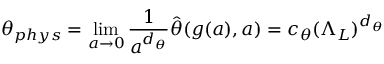
\theta _ { p h y s } = \operatorname * { l i m } _ { a \to 0 } { \frac { 1 } { a ^ { d _ { \theta } } } } \hat { \theta } ( g ( a ) , a ) = c _ { \theta } ( \Lambda _ { L } ) ^ { d _ { \theta } }